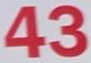
43